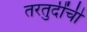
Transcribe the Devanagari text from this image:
तरतुदींची